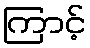
ကြာင့်